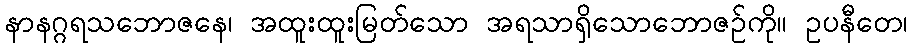
နာနဂ္ဂရသဘောဇနေ၊ အထူးထူးမြတ်သော အရသာရှိသောဘောဇဉ်ကို။ ဥပနီတေ၊